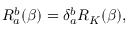
R _ { a } ^ { b } ( \beta ) = \delta _ { a } ^ { b } R _ { K } ( \beta ) ,